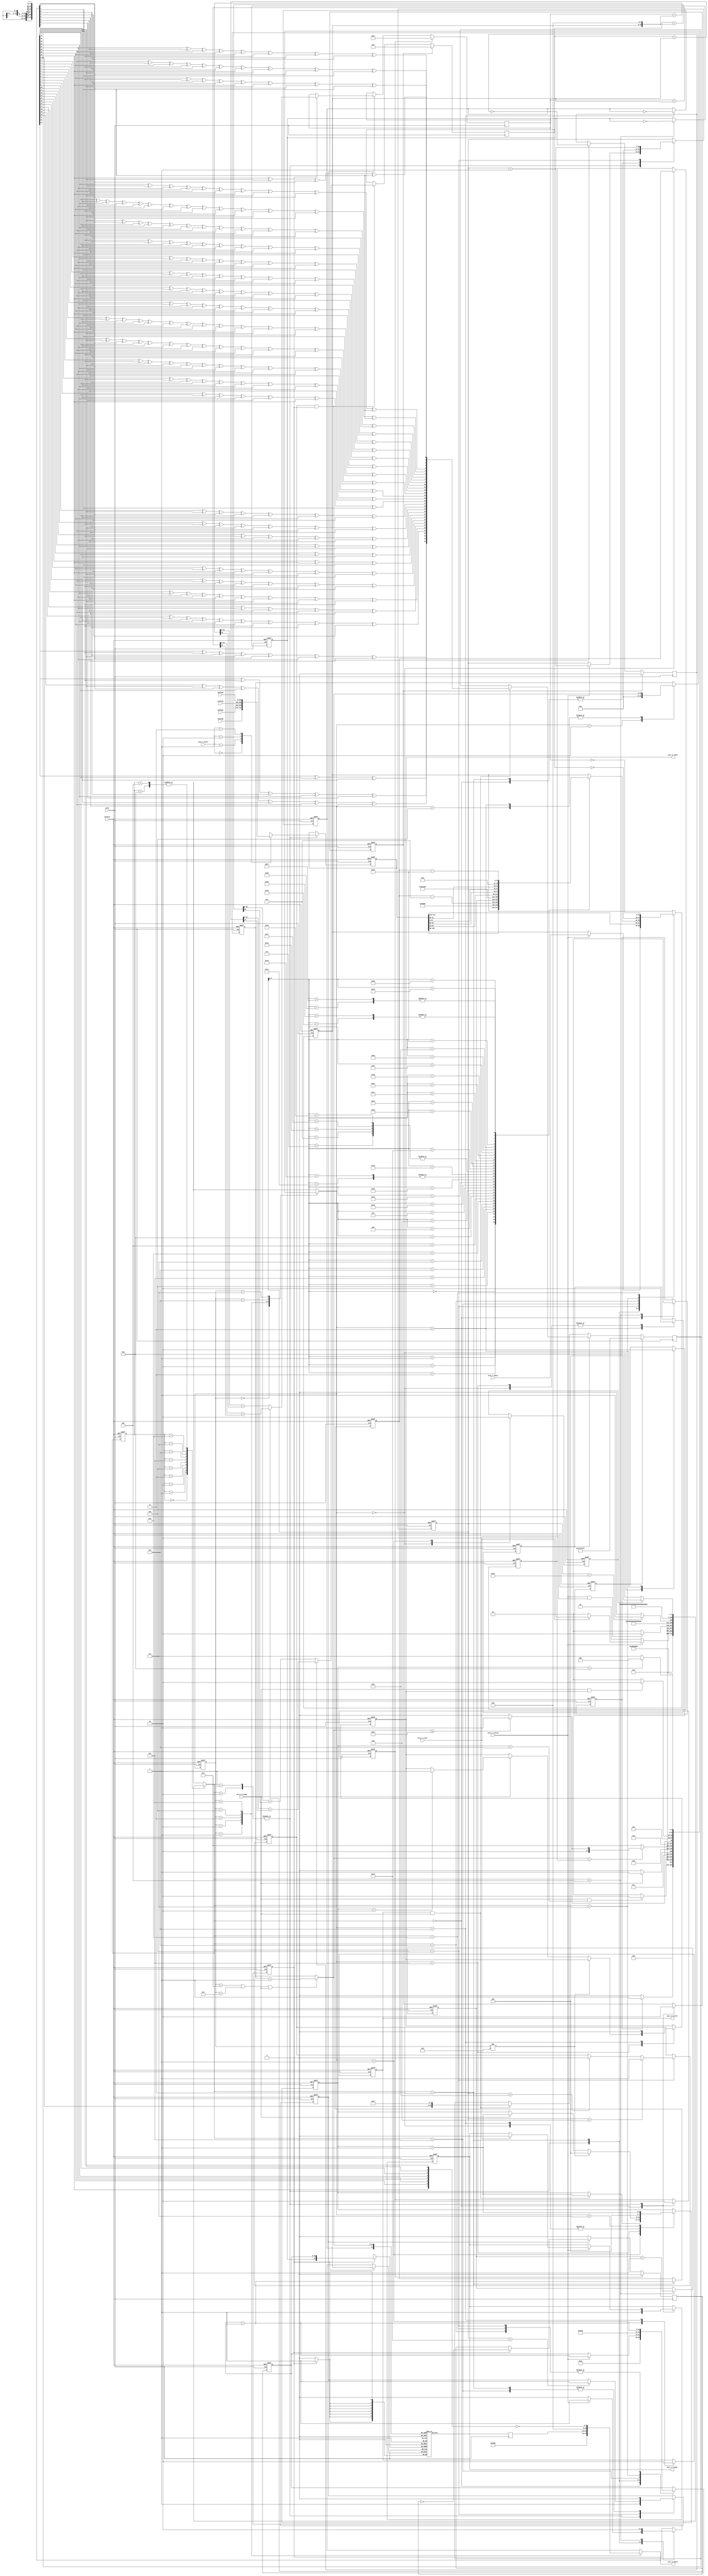
module udp_tx_lite(
	input	aclk,
	input	aresetn,

	/* {dst.ethaddr,src.ethaddr,dst.ip,src.ip,dst.port,src.port} combinations */
	input	[191:0] config0,
	input	[191:0] config1,
	input	[191:0] config2,
	input	[191:0] config3,

	input	[7:0] axis_s_tdata,
	input	[1:0] axis_s_tuser,
	input	axis_s_tlast,
	input	axis_s_tvalid,
	output reg	axis_s_tready,

	output reg	[7:0] axis_m_tdata,
	output reg	axis_m_tlast,
	output reg	axis_m_tvalid,
	input	axis_m_tready
);

////////////////////////////////////////////////////////////////////////////////
// algorithms
function[31:0]  NextCRC;
    input[7:0]      D;
    input[31:0]     C;
    reg[31:0]       NewCRC;
    begin
    NewCRC[0]=C[24]^C[30]^D[1]^D[7];
    NewCRC[1]=C[25]^C[31]^D[0]^D[6]^C[24]^C[30]^D[1]^D[7];
    NewCRC[2]=C[26]^D[5]^C[25]^C[31]^D[0]^D[6]^C[24]^C[30]^D[1]^D[7];
    NewCRC[3]=C[27]^D[4]^C[26]^D[5]^C[25]^C[31]^D[0]^D[6];
    NewCRC[4]=C[28]^D[3]^C[27]^D[4]^C[26]^D[5]^C[24]^C[30]^D[1]^D[7];
    NewCRC[5]=C[29]^D[2]^C[28]^D[3]^C[27]^D[4]^C[25]^C[31]^D[0]^D[6]^C[24]^C[30]^D[1]^D[7];
    NewCRC[6]=C[30]^D[1]^C[29]^D[2]^C[28]^D[3]^C[26]^D[5]^C[25]^C[31]^D[0]^D[6];
    NewCRC[7]=C[31]^D[0]^C[29]^D[2]^C[27]^D[4]^C[26]^D[5]^C[24]^D[7];
    NewCRC[8]=C[0]^C[28]^D[3]^C[27]^D[4]^C[25]^D[6]^C[24]^D[7];
    NewCRC[9]=C[1]^C[29]^D[2]^C[28]^D[3]^C[26]^D[5]^C[25]^D[6];
    NewCRC[10]=C[2]^C[29]^D[2]^C[27]^D[4]^C[26]^D[5]^C[24]^D[7];
    NewCRC[11]=C[3]^C[28]^D[3]^C[27]^D[4]^C[25]^D[6]^C[24]^D[7];
    NewCRC[12]=C[4]^C[29]^D[2]^C[28]^D[3]^C[26]^D[5]^C[25]^D[6]^C[24]^C[30]^D[1]^D[7];
    NewCRC[13]=C[5]^C[30]^D[1]^C[29]^D[2]^C[27]^D[4]^C[26]^D[5]^C[25]^C[31]^D[0]^D[6];
    NewCRC[14]=C[6]^C[31]^D[0]^C[30]^D[1]^C[28]^D[3]^C[27]^D[4]^C[26]^D[5];
    NewCRC[15]=C[7]^C[31]^D[0]^C[29]^D[2]^C[28]^D[3]^C[27]^D[4];
    NewCRC[16]=C[8]^C[29]^D[2]^C[28]^D[3]^C[24]^D[7];
    NewCRC[17]=C[9]^C[30]^D[1]^C[29]^D[2]^C[25]^D[6];
    NewCRC[18]=C[10]^C[31]^D[0]^C[30]^D[1]^C[26]^D[5];
    NewCRC[19]=C[11]^C[31]^D[0]^C[27]^D[4];
    NewCRC[20]=C[12]^C[28]^D[3];
    NewCRC[21]=C[13]^C[29]^D[2];
    NewCRC[22]=C[14]^C[24]^D[7];
    NewCRC[23]=C[15]^C[25]^D[6]^C[24]^C[30]^D[1]^D[7];
    NewCRC[24]=C[16]^C[26]^D[5]^C[25]^C[31]^D[0]^D[6];
    NewCRC[25]=C[17]^C[27]^D[4]^C[26]^D[5];
    NewCRC[26]=C[18]^C[28]^D[3]^C[27]^D[4]^C[24]^C[30]^D[1]^D[7];
    NewCRC[27]=C[19]^C[29]^D[2]^C[28]^D[3]^C[25]^C[31]^D[0]^D[6];
    NewCRC[28]=C[20]^C[30]^D[1]^C[29]^D[2]^C[26]^D[5];
    NewCRC[29]=C[21]^C[31]^D[0]^C[30]^D[1]^C[27]^D[4];
    NewCRC[30]=C[22]^C[31]^D[0]^C[28]^D[3];
    NewCRC[31]=C[23]^C[29]^D[2];
    NextCRC=NewCRC;
    end
endfunction

function [15:0] csum_add;
	input [15:0] sum;
	input [15:0] data;
	reg [16:0] temp;
	begin
		temp = sum+data;
		csum_add = temp[15:0]+temp[16];
	end
endfunction

////////////////////////////////////////////////////////////////////////////////
// Ping-Pong Buffer RAM
reg [7:0] ram [0:4095];

wire [11:0] write_addr;
wire [11:0] read_addr;

reg write_select;
reg [10:0] write_offset;

reg read_select;
reg [10:0] read_offset;
reg [10:0] read_next;

reg write_enable;

reg [7:0] write_data;
reg [7:0] read_data;

assign write_addr = {write_select, write_offset};
assign read_addr = {read_select, read_next};

always @(posedge aclk)
begin
	if(write_enable)
		ram[write_addr] <= write_data;
end

always @(posedge aclk)
begin
	read_data <= ram[read_addr];
end

////////////////////////////////////////////////////////////////////////////////
// ETH: FCS generation
reg eth_fcs_clr;
reg eth_fcs_en;
reg [31:0] eth_fcs_crc;
wire [7:0] eth_fcs;
always @(posedge aclk)
begin
	if(eth_fcs_clr) begin
		eth_fcs_crc <= 32'hffffffff;
	end
	else if(eth_fcs_en) begin
	   	if(axis_m_tvalid && axis_m_tready)
			eth_fcs_crc <= NextCRC(axis_m_tdata, eth_fcs_crc);
	end
	else begin
		if(axis_m_tvalid && axis_m_tready)
			eth_fcs_crc <= {eth_fcs_crc, 8'hFF};
	end
end
assign eth_fcs = ~{ eth_fcs_crc[24], eth_fcs_crc[25], eth_fcs_crc[26], eth_fcs_crc[27],
	eth_fcs_crc[28], eth_fcs_crc[29], eth_fcs_crc[30], eth_fcs_crc[31] };

////////////////////////////////////////////////////////////////////////////////
// IP: CSUM generation
reg ip_csum_clr;
reg ip_csum_en;
reg ip_csum_sel;
reg [15:0] ip_csum_sum;
wire [15:0] ip_csum;
always @(posedge aclk)
begin
	if(ip_csum_clr) begin
		ip_csum_sel <= 1'b0;
		ip_csum_sum <= 'b0;
	end
	else if(ip_csum_en && write_enable) begin
		if(ip_csum_sel) begin
			ip_csum_sum <= csum_add(ip_csum_sum, {8'b0,write_data});
		end
		else begin
			ip_csum_sum <= csum_add(ip_csum_sum, {write_data,8'b0});
		end
		ip_csum_sel <= !ip_csum_sel;
	end
end
assign ip_csum = ~ip_csum_sum;

////////////////////////////////////////////////////////////////////////////////
// UDP: CSUM generation
reg udp_csum_clr;
reg udp_csum_en;
reg udp_csum_sel;
reg [15:0] udp_csum_sum;
wire [15:0] udp_csum;
always @(posedge aclk)
begin
	if(udp_csum_clr) begin
		udp_csum_sel <= 1'b0;
		udp_csum_sum <= 17; // dummy head resident
	end
	else if(udp_csum_en) begin
		if(write_enable) begin
			if(udp_csum_sel) begin
				udp_csum_sum <= csum_add(udp_csum_sum, {8'b0,write_data});
			end
			else begin
				udp_csum_sum <= csum_add(udp_csum_sum, {write_data,8'b0});
			end
			udp_csum_sel <= !udp_csum_sel;
		end
	end
	else begin
		/* reset when data payloads not aligned to 16bits */
		udp_csum_sel <= 1'b0;
	end
end
assign udp_csum = ~udp_csum_sum;

////////////////////////////////////////////////////////////////////////////////
// Packet generation
reg tx_start;
reg tx_ready;
reg [10:0] bcnt;
reg [191:0] config_vector;
reg [10:0] total_length;
reg [15:0] ip_ident;

wire [10:0] udp_length;
wire [10:0] ip_length;
assign udp_length = total_length-34;
assign ip_length = total_length-14;

integer s1, s1_next;
localparam S1_IDLE=0, S1_DATA_0=1, S1_DATA_1=2, S1_HEADER_0=3, S1_HEADER_1=4,
	S1_IPCSUM_0=5, S1_IPCSUM_1=6, S1_UDPCSUM_0=7, S1_UDPCSUM_1=8, S1_SWAP=9,
	S1_WAIT=10;

always @(posedge aclk, negedge aresetn)
begin
	if(!aresetn)
		s1 <= S1_IDLE;
	else
		s1 <= s1_next;
end

always @(*)
begin
	case(s1)
		S1_IDLE: begin
			if(axis_s_tvalid)
				if(axis_s_tlast)
					s1_next = S1_DATA_1;
				else
					s1_next = S1_DATA_0;
			else
				s1_next = S1_IDLE;
		end
		S1_DATA_0: begin
			if(axis_s_tvalid && axis_s_tlast)
				s1_next = S1_DATA_1;
			else
				s1_next = S1_DATA_0;
		end
		S1_DATA_1: begin
			s1_next = S1_HEADER_0;
		end
		S1_HEADER_0: begin
			s1_next = S1_HEADER_1;
		end
		S1_HEADER_1: begin
			if(bcnt==41)
				s1_next = S1_IPCSUM_0;
			else
				s1_next = S1_HEADER_1;
		end
		S1_IPCSUM_0: begin
			s1_next = S1_IPCSUM_1;
		end
		S1_IPCSUM_1: begin
			s1_next = S1_UDPCSUM_0;
		end
		S1_UDPCSUM_0: begin
			s1_next = S1_UDPCSUM_1;
		end
		S1_UDPCSUM_1: begin
			s1_next = S1_SWAP;
		end
		S1_SWAP,S1_WAIT: begin
			if(tx_ready)
				s1_next = S1_IDLE;
			else
				s1_next = S1_WAIT;
		end
		default: begin
			s1_next = 'bx;
		end
	endcase
end

always @(posedge aclk, negedge aresetn)
begin
	if(!aresetn) begin
		tx_start <= 1'b0;
		axis_s_tready <= 1'b1;
		write_select <= 1'b0;
		write_offset <= 'bx;
		write_enable <= 1'b0;
		write_data <= 'bx;
		bcnt <= 0;
		config_vector <= 'bx;
		total_length <= 'bx;
		ip_csum_clr <= 0;
		ip_csum_en <= 0;
		udp_csum_clr <= 0;
		udp_csum_en <= 0;
		ip_ident <= 0;
	end
	else case(s1_next)
		S1_IDLE: begin
			tx_start <= 1'b0;
			write_offset <= 42-1; // payload offset - 1
			axis_s_tready <= 1'b1;
			bcnt <= 0;
			ip_csum_clr <= 1;
			udp_csum_clr <= 1;
		end
		S1_DATA_0, S1_DATA_1: begin
			ip_csum_clr <= 0;
			udp_csum_clr <= 0;
			udp_csum_en <= 1;
			case(axis_s_tuser) /* synthesis parallel_case */
				0: config_vector <= config0;
				1: config_vector <= config1;
				2: config_vector <= config2;
				3: config_vector <= config3;
			endcase
			if(axis_s_tvalid) begin
				write_enable <= 1'b1;
				write_data <= axis_s_tdata;
				write_offset <= write_offset+1;
				bcnt <= bcnt+1;
				if(axis_s_tlast)
					axis_s_tready <= 1'b0;
			end
			else begin
				write_enable <= 1'b0;
			end
		end
		S1_HEADER_0: begin
			total_length <= write_offset+1;
			bcnt <= 0;
			write_offset <= 0;
			write_enable <= 1;
			write_data <= config_vector[191:184]; // ETH: dst mac
			udp_csum_en <= 0;
		end
		S1_HEADER_1: begin
			write_offset <= write_offset+1;
			bcnt <= bcnt+1;
			case(bcnt[5:0]) /* synthesis parallel_case */
				0: write_data <= config_vector[183:176];
				1: write_data <= config_vector[175:168];
				2: write_data <= config_vector[167:160];
				3: write_data <= config_vector[159:152];
				4: write_data <= config_vector[151:144];

				5: write_data <= config_vector[143:136]; // ETH: src mac
				6: write_data <= config_vector[135:128];
				7: write_data <= config_vector[127:120];
				8: write_data <= config_vector[119:112];
				9: write_data <= config_vector[111:104];
				10: write_data <= config_vector[103:96];

				11: write_data <= 8'h08; // ETH: type: IP
				12: write_data <= 8'h00;

				13: write_data <= 8'h45; // IP: v4, header length 20B
				14: write_data <= 8'h00;
				15: write_data <= {5'b0, ip_length[10:8]}; // IP: Total length
				16: write_data <= ip_length[7:0];
				17: write_data <= ip_ident[15:8]; // IP: identification
				18: write_data <= ip_ident[7:0];
				19: write_data <= 8'h40; // IP: Flags = 0x02, Frag. offset = 0
				20: write_data <= 8'h00; 
				21: write_data <= 8'h40; // IP: TTL=64
				22: write_data <= 8'h11; // IP: protocol=UDP 
				23: write_data <= 8'h00; // IP CSUM, fill later
				24: write_data <= 8'h00;

				25: write_data <= config_vector[63:56]; // src ip
				26: write_data <= config_vector[55:48];
				27: write_data <= config_vector[47:40];
				28: write_data <= config_vector[39:32];

				29: write_data <= config_vector[95:88]; // dst ip
				30: write_data <= config_vector[87:80];
				31: write_data <= config_vector[79:72];
				32: write_data <= config_vector[71:64];

				33: write_data <= config_vector[15:8]; // src port
				34: write_data <= config_vector[7:0];

				35: write_data <= config_vector[31:24]; // dst port
				36: write_data <= config_vector[23:16];

				37: write_data <= {5'b0, udp_length[10:8]};
				38: write_data <= udp_length[7:0];

				// NOTE: UDP dummy header contains two length segment
				39: write_data <= {5'b0, udp_length[10:8]}; // UDP CSUM, refill later
				40: write_data <= udp_length[7:0];
			endcase

			if(bcnt==13) begin
				ip_csum_en <= 1;
			end
			else if(bcnt==33) begin
				ip_csum_en <= 0;
			end
			if(bcnt==25) begin
				udp_csum_en <= 1;
			end
		end
		S1_IPCSUM_0: begin
			udp_csum_en <= 0;
			write_offset <= 24;
			write_data <= ip_csum[15:8];
		end
		S1_IPCSUM_1: begin
			write_offset <= write_offset+1;
			write_data <= ip_csum[7:0];
		end
		S1_UDPCSUM_0: begin
			write_offset <= 40;
			write_data <= udp_csum[15:8];
		end
		S1_UDPCSUM_1: begin
			write_offset <= write_offset+1;
			write_data <= udp_csum[7:0];
		end
		S1_SWAP: begin
			write_enable <= 1'b0;
			write_select <= ~write_select;
			tx_start <= 1'b1;
			ip_ident <= ip_ident+1;
		end
		S1_WAIT: begin
		end
	endcase
end

////////////////////////////////////////////////////////////////////////////////
// Packet output
reg [10:0] read_length;
reg [3:0] s2_timer;
integer s2, s2_next;
localparam S2_IDLE=0, S2_PREAMBLE=1, S2_SFD=2, S2_PAYLOAD=3, S2_PAD=4, S2_FCS=5,
   	S2_SWAP=6, S2_IFG=7;
parameter IFG=10;// 96ns/8ns=12, minus one swap cycle and one idle cycle.

always @(posedge aclk, negedge aresetn)
begin
	if(!aresetn)
		s2 <= S2_IDLE;
	else
		s2 <= s2_next;
end

always @(*)
begin
	case(s2)
		S2_IDLE: begin
			if(tx_start)
				s2_next = S2_PREAMBLE;
			else
				s2_next = S2_IDLE;
		end
		S2_PREAMBLE: begin
			if(axis_m_tready && s2_timer == 6)
				s2_next = S2_SFD;
			else
				s2_next = S2_PREAMBLE;
		end
		S2_SFD: begin
			if(axis_m_tready)
				s2_next = S2_PAYLOAD;
			else
				s2_next = S2_SFD;
		end
		S2_PAYLOAD: begin
			if(read_next == read_length)
				if(read_next>=60)
					s2_next = S2_FCS;
				else
					s2_next = S2_PAD;
			else
				s2_next = S2_PAYLOAD;
		end
		S2_PAD: begin
			if(read_next >= 60)
				s2_next = S2_FCS;
			else
				s2_next = S2_PAD;
		end
		S2_FCS: begin
			if(axis_m_tready && axis_m_tlast)
				s2_next = S2_SWAP;
			else
				s2_next = S2_FCS;
		end
		S2_SWAP: begin
			s2_next = S2_IFG;
		end
		S2_IFG: begin
			if(s2_timer == IFG)
				s2_next = S2_IDLE;
			else
				s2_next = S2_IFG;
		end
		default: begin
			s2_next = 'bx;
		end
	endcase
end

always @(posedge aclk, negedge aresetn)
begin
	if(!aresetn) begin
		axis_m_tvalid <= 1'b0;
		tx_ready <= 1'b0;
		read_length <= 'bx;
		s2_timer <= 'bx;
		read_offset <= 'bx;
		read_select <= 0;
		axis_m_tlast <= 1'b0;
		eth_fcs_clr <= 'bx;
		eth_fcs_en <= 'bx;
	end
	else case(s2_next)
		S2_IDLE: begin
			tx_ready <= 1'b1;
			s2_timer <= 0;
			read_length <= total_length;
			eth_fcs_clr <= 1;
			eth_fcs_en <= 0;
		end
		S2_PREAMBLE: begin
			if(axis_m_tvalid && axis_m_tready) begin
				s2_timer <= s2_timer+1;
			end
			axis_m_tvalid <= 1'b1;
			tx_ready <= 1'b0;
		end
		S2_SFD: begin
			read_offset <= 0;
		end
		S2_PAYLOAD: begin
			eth_fcs_clr <= 0;
			eth_fcs_en <= 1'b1;
			read_offset <= read_next;
		end
		S2_PAD: begin
			read_offset <= read_next;
		end
		S2_FCS: begin
			eth_fcs_en <= 1'b0;
			if(s2!=S2_FCS) begin
				s2_timer <= 0;
			end
			else if(axis_m_tready) begin
				if(s2_timer==2) begin
					axis_m_tlast <= 1;
				end
				s2_timer <= s2_timer+1;
			end
		end
		S2_SWAP: begin
			axis_m_tvalid <= 1'b0;
			axis_m_tlast <= 1'b0;
			read_select <= ~read_select;
			s2_timer <= 0;
		end
		S2_IFG: begin
			s2_timer <= s2_timer+1;
		end
	endcase
end

always @(*)
begin
	if((s2==S2_PAYLOAD || s2==S2_PAD) && axis_m_tready)
		read_next = read_offset + 1;
	else
		read_next = read_offset;

	case(s2)
		S2_PREAMBLE: begin
			axis_m_tdata = 8'h55;
		end
		S2_SFD: begin
			axis_m_tdata = 8'hd5;
		end
		S2_PAYLOAD: begin
			axis_m_tdata = read_data;
		end
		S2_PAD: begin
			axis_m_tdata = 8'h00;
		end
		S2_FCS: begin
			axis_m_tdata = eth_fcs;
		end
		default: begin
			axis_m_tdata = 'bx;
		end
	endcase
end

endmodule